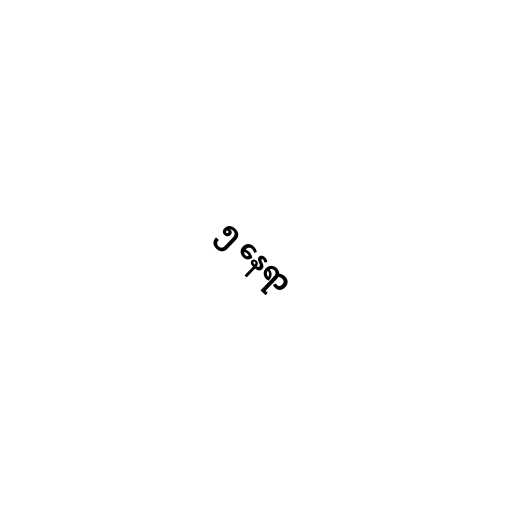
၅ နေရာ